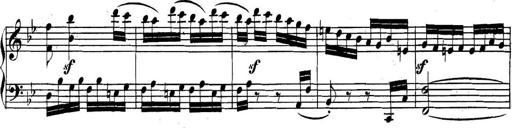
Title: Collected Piano Sonatas
Composer: Muzio Clementi